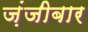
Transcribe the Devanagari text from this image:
ज़ंजीबार